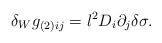
\begin{align*}\delta_W g_{(2)ij}=l^2 D_i \partial_j \delta\sigma.\end{align*}